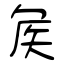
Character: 矦